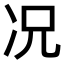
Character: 况